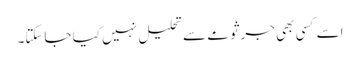
اسے کسی بھی جرثومے سے تحلیل نہیں کیا جاسکتا۔